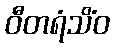
ဝီတရံသိံဝ